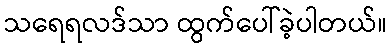
သရေရလဒ်သာ ထွက်ပေါ်ခဲ့ပါတယ်။